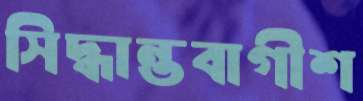
সিদ্ধান্তবাগীশ